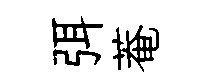
弭菴